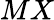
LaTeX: MX